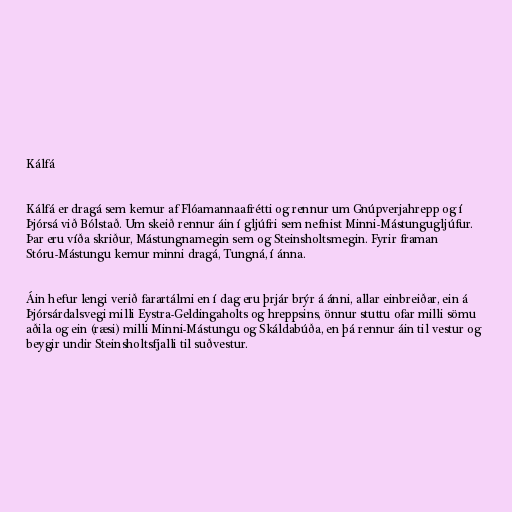
Kálfá

Kálfá er dragá sem kemur af Flóamannaafrétti og rennur um Gnúpverjahrepp og í
Þjórsá við Bólstað. Um skeið rennur áin í gljúfri sem nefnist Minni-Mástungugljúfur.
Þar eru víða skriður, Mástungnamegin sem og Steinsholtsmegin. Fyrir framan
Stóru-Mástungu kemur minni dragá, Tungná, í ánna.

Áin hefur lengi verið farartálmi en í dag eru þrjár brýr á ánni, allar einbreiðar, ein á
Þjórsárdalsvegi milli Eystra-Geldingaholts og hreppsins, önnur stuttu ofar milli sömu
aðila og ein (ræsi) milli Minni-Mástungu og Skáldabúða, en þá rennur áin til vestur og
beygir undir Steinsholtsfjalli til suðvestur.